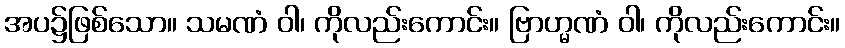
အပ၌ဖြစ်သော။ သမဏံ ဝါ၊ ကိုလည်းကောင်း။ ဗြာဟ္မဏံ ဝါ၊ ကိုလည်းကောင်း။